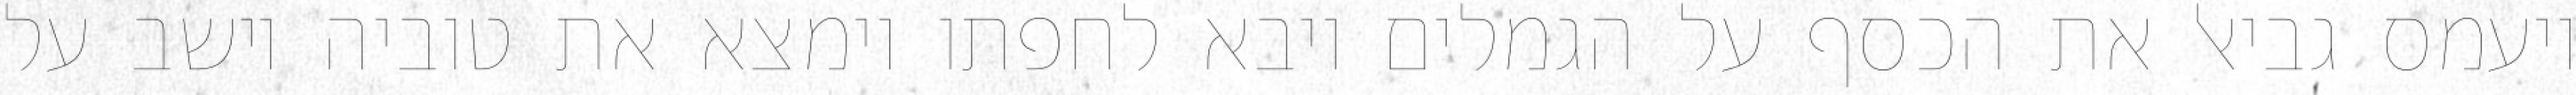
ויעמס גביאל את הכסף על הגמלים ויבא לחפתו וימצא את טוביה יושב על